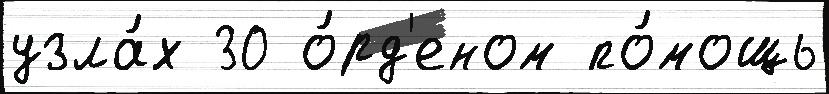
узла́х 30 о́рд'еном по́мощь